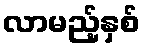
လာမည့်နှစ်